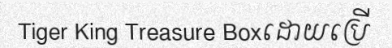
Tiger King Treasure Boxដោយប្រើ